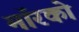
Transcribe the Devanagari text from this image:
मॉरको